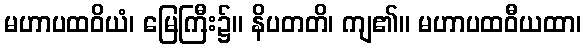
မဟာပထဝိယံ၊ မြေကြီး၌။ နိပတတိ၊ ကျ၏။ မဟာပထဝီယထာ၊